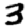
Digit: 3